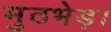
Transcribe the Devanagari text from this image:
मुठभेड़।